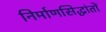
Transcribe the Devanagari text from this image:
निर्माणसिद्धांतों